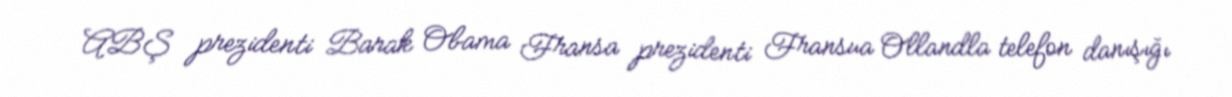
ABŞ prezidenti Barak Obama Fransa prezidenti Fransua Ollandla telefon danışığı